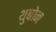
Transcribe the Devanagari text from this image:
थुबोन